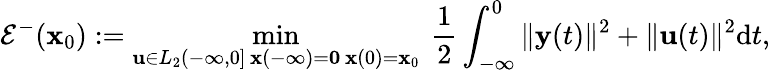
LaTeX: \mathcal{E}^{-}(\mathbf{x}_{0}):=\operatorname*{min}_{\substack{\mathbf{u}\in L_{2}(-\infty,0]\, \mathbf{x}(-\infty)=\mathbf{0}\, \mathbf{x}(0)=\mathbf{x}_{0}}}\ \frac{1}{2}\int_{-\infty}^{0}\Vert\mathbf{y}(t)\Vert^{2}+\Vert\mathbf{u}(t)\Vert^{2}\mathrm{d}t,